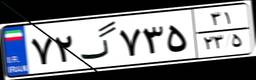
۷۲گ۷۳۵۳۱